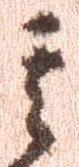
其